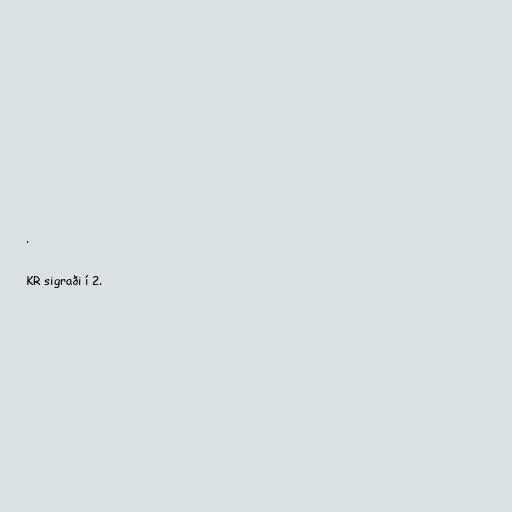
.

KR sigraði í 2.